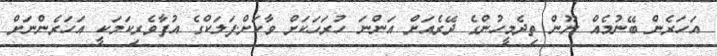
އަަހަރެން ބޭނުމެއް ނޫން ތިދެމީހުންގެ ދޭރެއަށް އަންނަ ހުރަހަކަށް ވާކަށް.ފަލަކްގެ އުފާވެރިކަމަކީ އަހަރެންނަށް